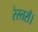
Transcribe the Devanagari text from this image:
रेस्तराँ।